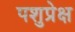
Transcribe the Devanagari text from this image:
पशुप्रेक्ष